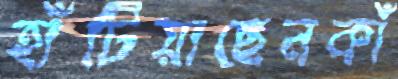
হাঁটিয়াছেনকাঁ